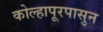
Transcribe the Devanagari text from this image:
कोल्हापूरपासुन